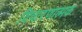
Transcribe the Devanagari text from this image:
विचारणात्मक